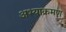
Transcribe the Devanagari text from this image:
अभ्याक्रमण